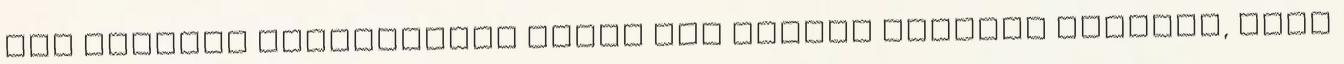
míg északon Arhangelszk télen nem tudott fogadni hajókat, mert